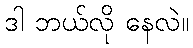
ဒါ ဘယ်လို နေလဲ။